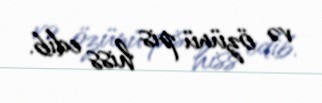
və özünü pis hiss edib.